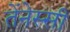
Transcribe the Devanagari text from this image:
तेंनेस्सी